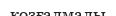
козғалмалы